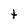
Character: t